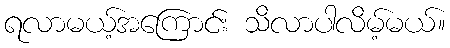
ရလာမယ့်အကြောင်း သိလာပါလိမ့်မယ်။